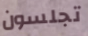
تجلسون